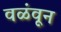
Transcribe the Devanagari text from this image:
वळंवून